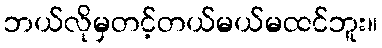
ဘယ်လိုမှတင့်တယ်မယ်မထင်ဘူး။